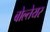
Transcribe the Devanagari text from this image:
बोल्तेयर